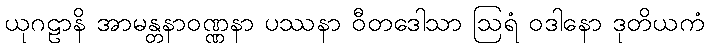
ယုဂဠာနိ အာမန္တနာဝဏ္ဏနာ ပဿနာ ဝီတဒေါသာ ဩရံ ဝဒါနော ဒုတိယကံ